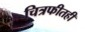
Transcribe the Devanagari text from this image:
चित्रफीतही